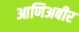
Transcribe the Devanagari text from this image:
आणिअबीर